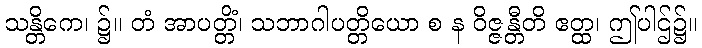
သန္တိကေ၊ ၌။ တံ အာပတ္တိံ၊ သဘာဂါပတ္တိယော စ န ဝိဇ္ဇန္တီတိ ဧတ္ထ၊ ဤပါဌ်၌။